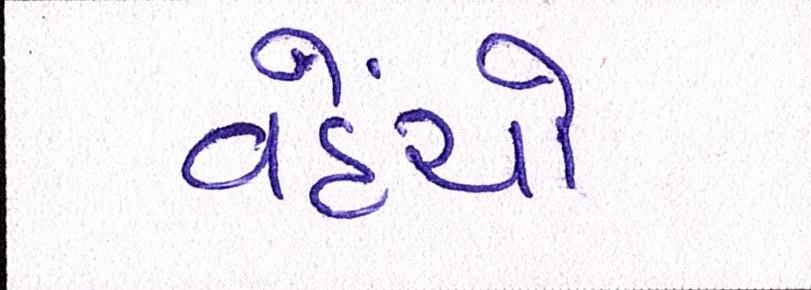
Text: વહેંચો